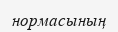
нормасының